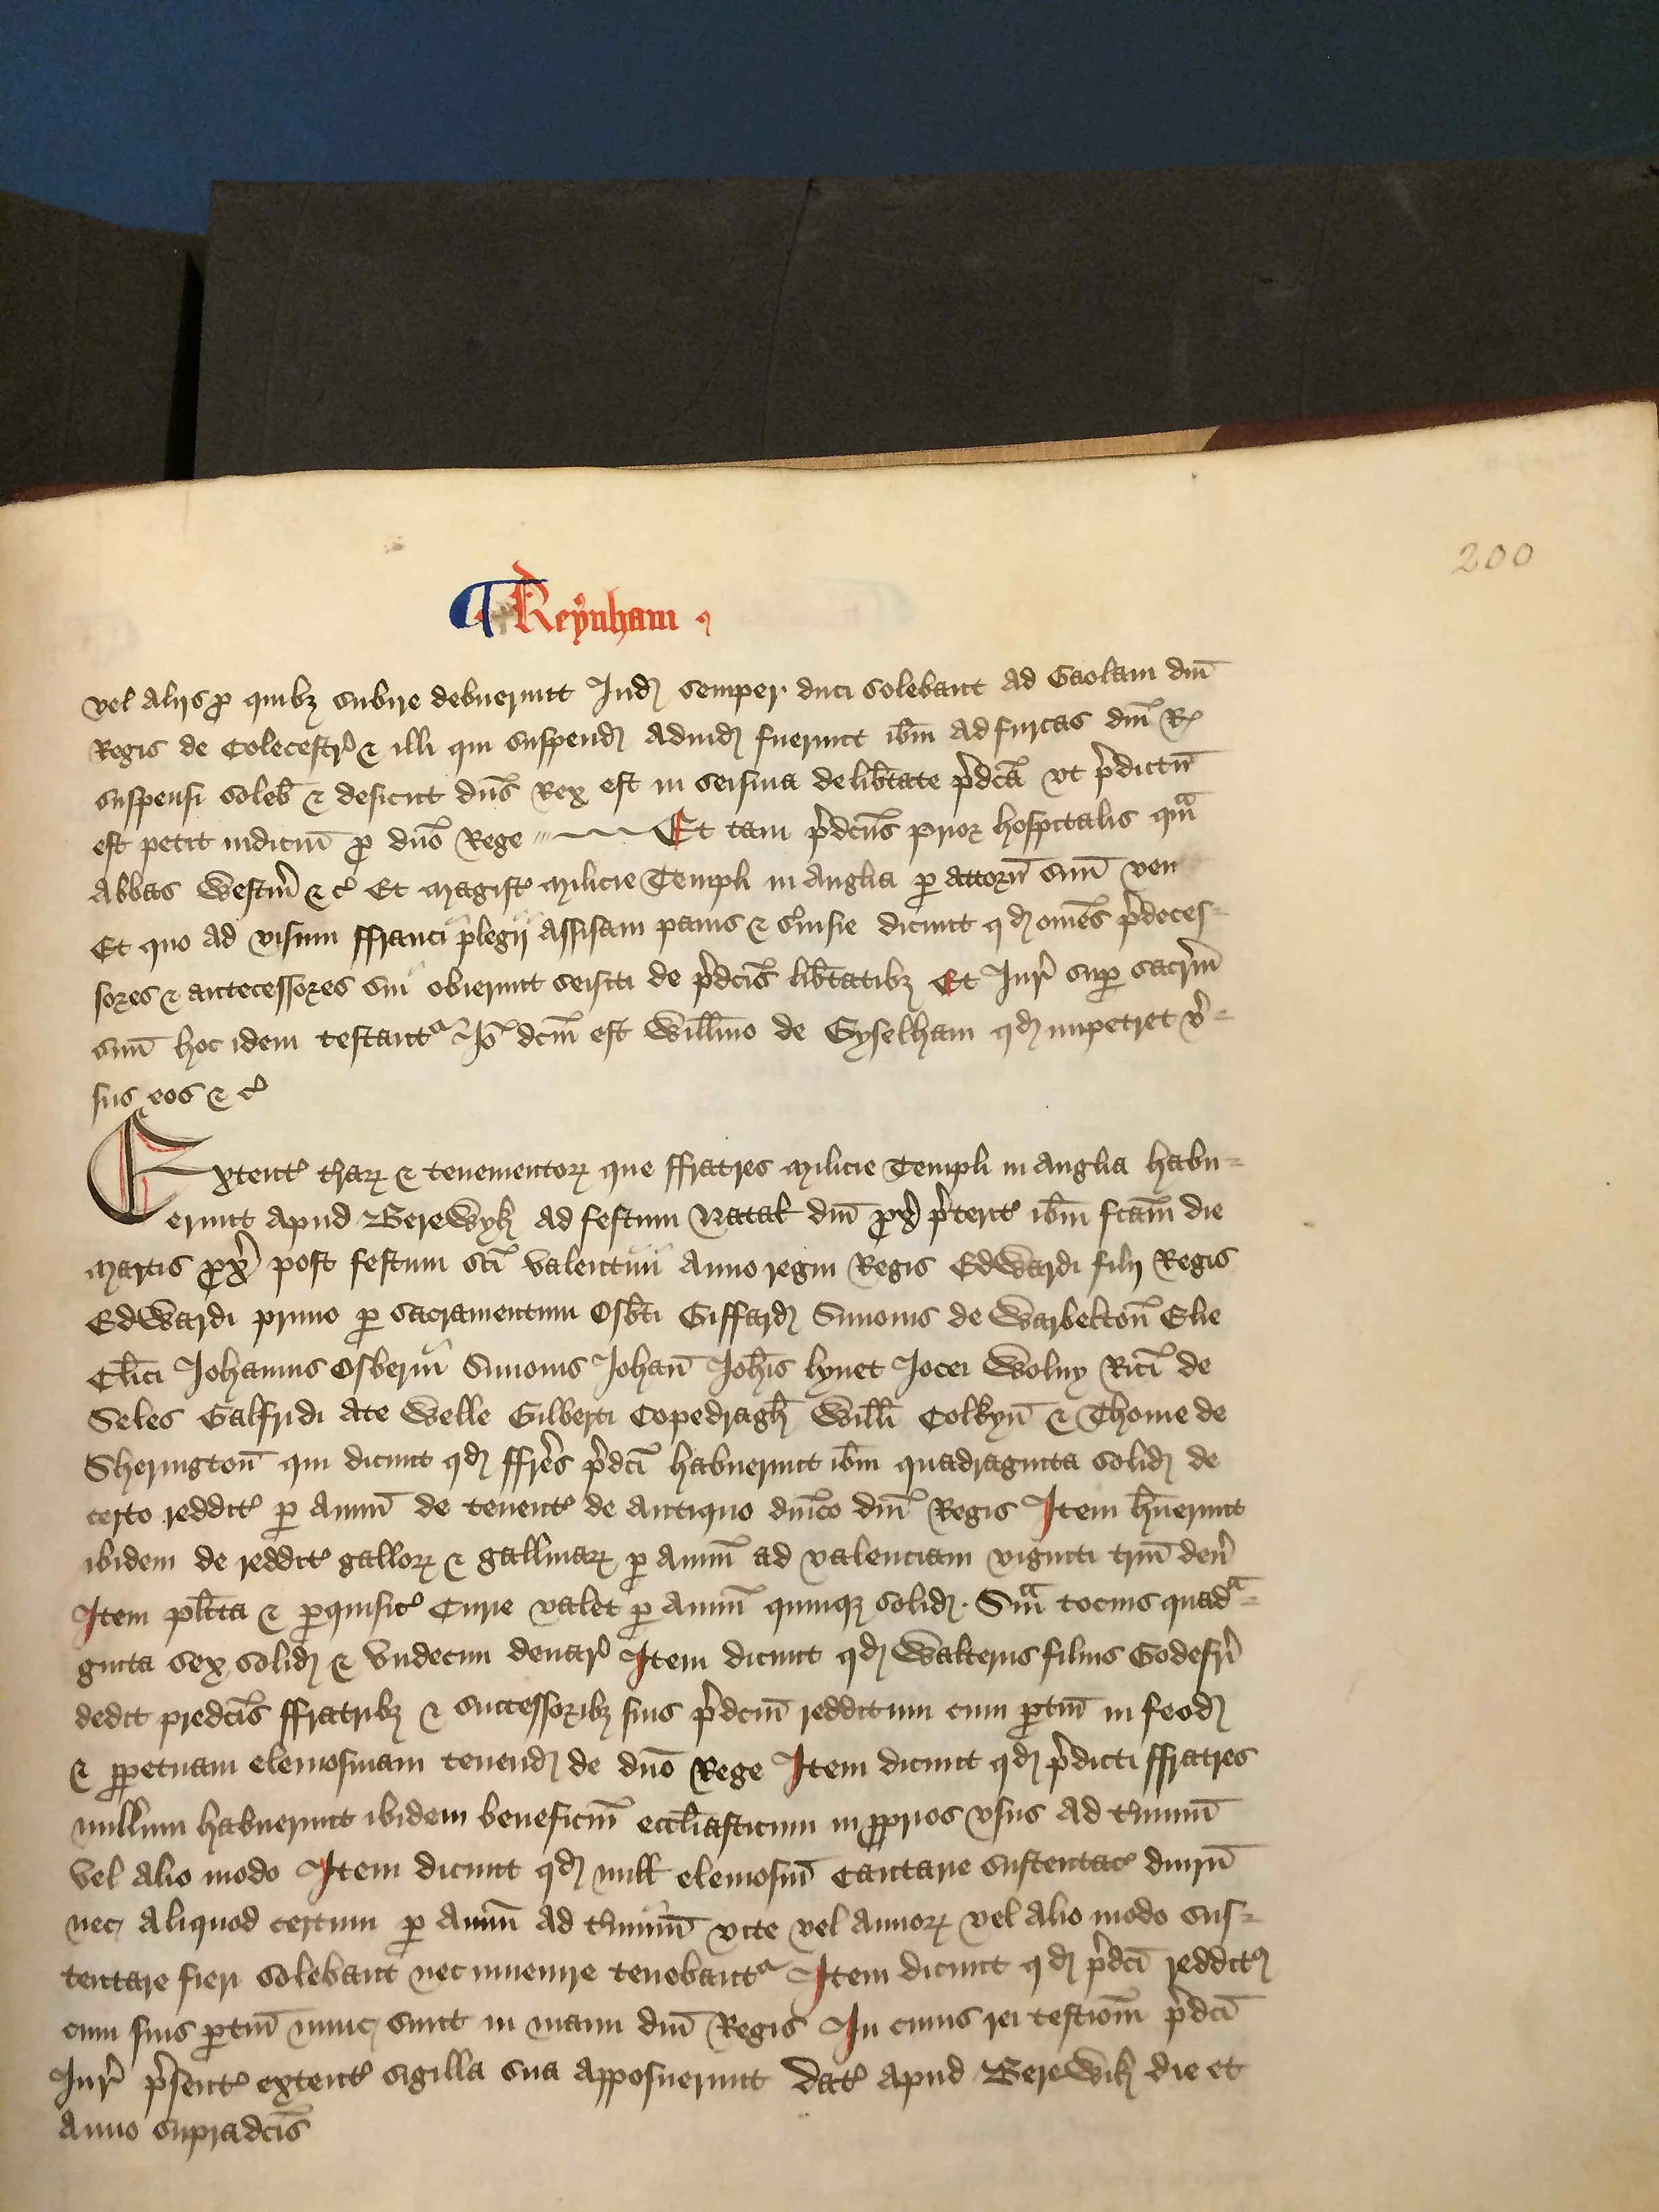
Shelfmark: London, British Library, Nero E VI
Century: 15